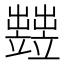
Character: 𥫋